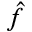
\hat { f }